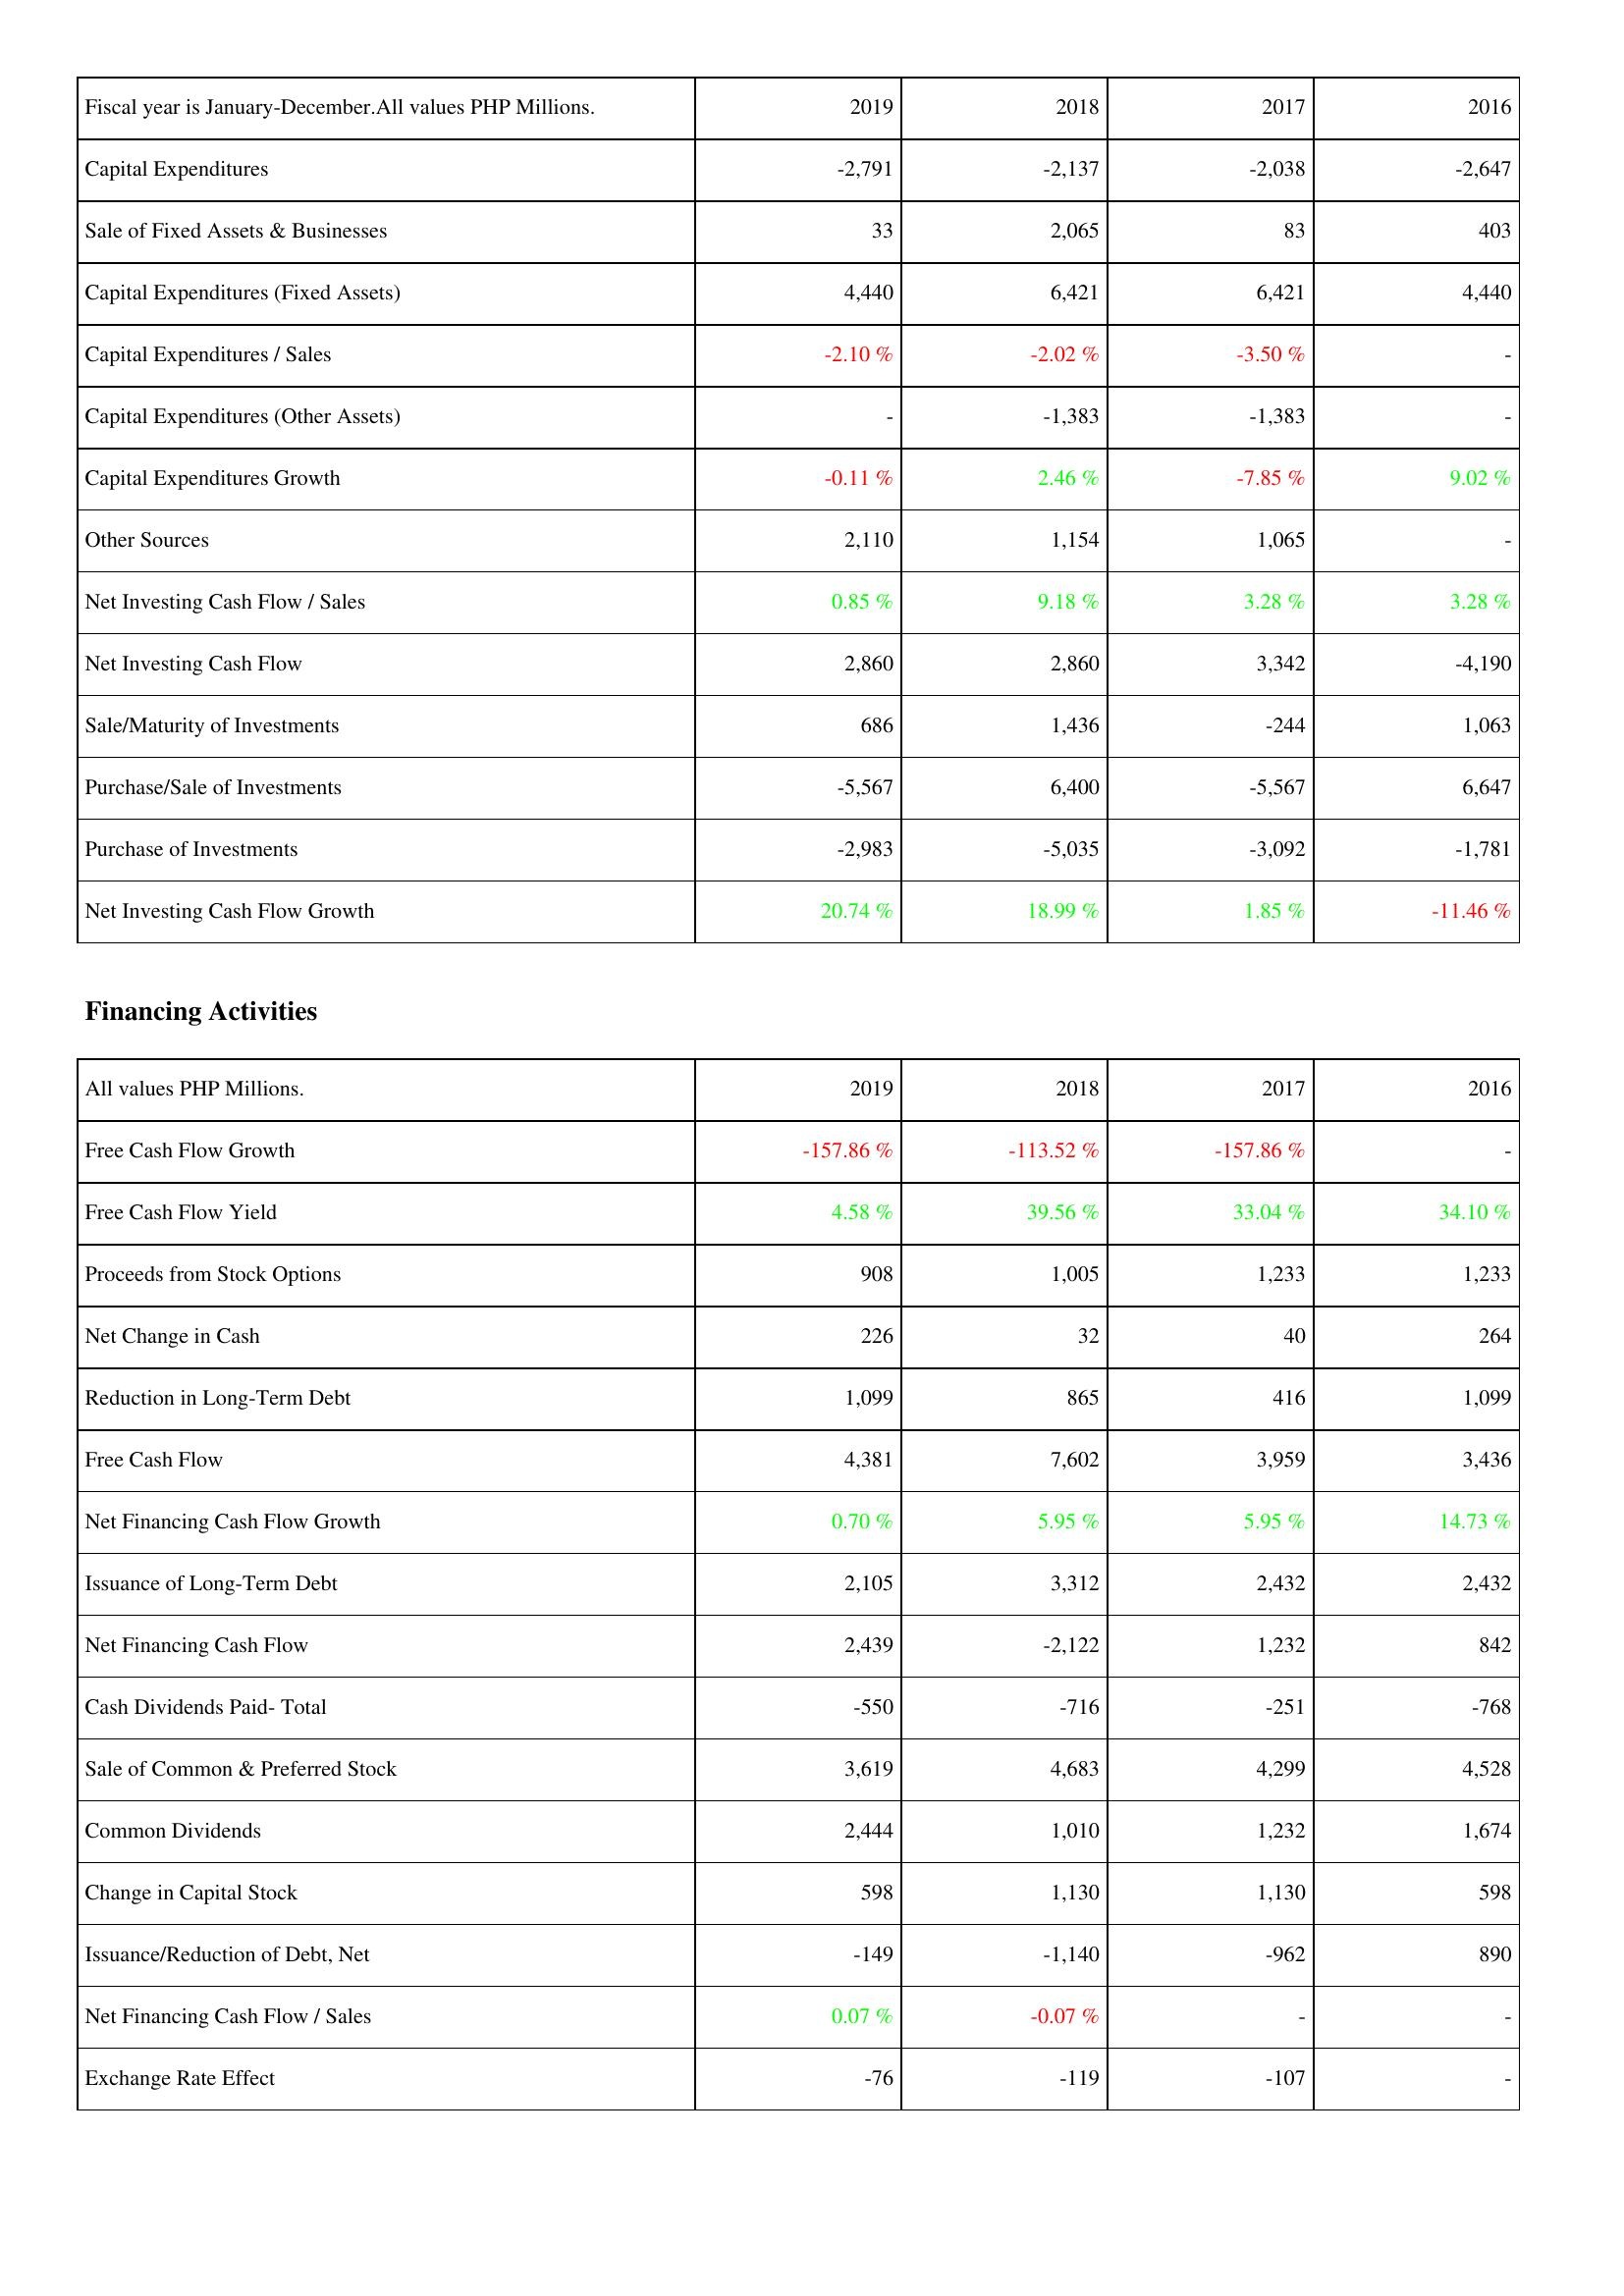
2019: Investing Activities: Capital Expenditures: -2,791
Sale of Fixed Assets & Businesses: 33
Capital Expenditures (Fixed Assets): 4,440
Capital Expenditures / Sales: -2.10 %
Capital Expenditures (Other Assets): -
Capital Expenditures Growth: -0.11 %
Other Sources: 2,110
Net Investing Cash Flow / Sales: 0.85 %
Net Investing Cash Flow: 2,860
Sale/Maturity of Investments: 686
Purchase/Sale of Investments: -5,567
Purchase of Investments: -2,983
Net Investing Cash Flow Growth: 20.74 %
Financing Activities: Free Cash Flow Growth: -157.86 %
Free Cash Flow Yield: 4.58 %
Proceeds from Stock Options: 908
Net Change in Cash: 226
Reduction in Long-Term Debt: 1,099
Free Cash Flow: 4,381
Net Financing Cash Flow Growth: 0.70 %
Issuance of Long-Term Debt: 2,105
Net Financing Cash Flow: 2,439
Cash Dividends Paid- Total: -550
Sale of Common & Preferred Stock: 3,619
Common Dividends: 2,444
Change in Capital Stock: 598
Issuance/Reduction of Debt, Net: -149
Net Financing Cash Flow / Sales: 0.07 %
Exchange Rate Effect: -76
2018: Investing Activities: Capital Expenditures: -2,137
Sale of Fixed Assets & Businesses: 2,065
Capital Expenditures (Fixed Assets): 6,421
Capital Expenditures / Sales: -2.02 %
Capital Expenditures (Other Assets): -1,383
Capital Expenditures Growth: 2.46 %
Other Sources: 1,154
Net Investing Cash Flow / Sales: 9.18 %
Net Investing Cash Flow: 2,860
Sale/Maturity of Investments: 1,436
Purchase/Sale of Investments: 6,400
Purchase of Investments: -5,035
Net Investing Cash Flow Growth: 18.99 %
Financing Activities: Free Cash Flow Growth: -113.52 %
Free Cash Flow Yield: 39.56 %
Proceeds from Stock Options: 1,005
Net Change in Cash: 32
Reduction in Long-Term Debt: 865
Free Cash Flow: 7,602
Net Financing Cash Flow Growth: 5.95 %
Issuance of Long-Term Debt: 3,312
Net Financing Cash Flow: -2,122
Cash Dividends Paid- Total: -716
Sale of Common & Preferred Stock: 4,683
Common Dividends: 1,010
Change in Capital Stock: 1,130
Issuance/Reduction of Debt, Net: -1,140
Net Financing Cash Flow / Sales: -0.07 %
Exchange Rate Effect: -119
2017: Investing Activities: Capital Expenditures: -2,038
Sale of Fixed Assets & Businesses: 83
Capital Expenditures (Fixed Assets): 6,421
Capital Expenditures / Sales: -3.50 %
Capital Expenditures (Other Assets): -1,383
Capital Expenditures Growth: -7.85 %
Other Sources: 1,065
Net Investing Cash Flow / Sales: 3.28 %
Net Investing Cash Flow: 3,342
Sale/Maturity of Investments: -244
Purchase/Sale of Investments: -5,567
Purchase of Investments: -3,092
Net Investing Cash Flow Growth: 1.85 %
Financing Activities: Free Cash Flow Growth: -157.86 %
Free Cash Flow Yield: 33.04 %
Proceeds from Stock Options: 1,233
Net Change in Cash: 40
Reduction in Long-Term Debt: 416
Free Cash Flow: 3,959
Net Financing Cash Flow Growth: 5.95 %
Issuance of Long-Term Debt: 2,432
Net Financing Cash Flow: 1,232
Cash Dividends Paid- Total: -251
Sale of Common & Preferred Stock: 4,299
Common Dividends: 1,232
Change in Capital Stock: 1,130
Issuance/Reduction of Debt, Net: -962
Net Financing Cash Flow / Sales: -
Exchange Rate Effect: -107
2016: Investing Activities: Capital Expenditures: -2,647
Sale of Fixed Assets & Businesses: 403
Capital Expenditures (Fixed Assets): 4,440
Capital Expenditures / Sales: -
Capital Expenditures (Other Assets): -
Capital Expenditures Growth: 9.02 %
Other Sources: -
Net Investing Cash Flow / Sales: 3.28 %
Net Investing Cash Flow: -4,190
Sale/Maturity of Investments: 1,063
Purchase/Sale of Investments: 6,647
Purchase of Investments: -1,781
Net Investing Cash Flow Growth: -11.46 %
Financing Activities: Free Cash Flow Growth: -
Free Cash Flow Yield: 34.10 %
Proceeds from Stock Options: 1,233
Net Change in Cash: 264
Reduction in Long-Term Debt: 1,099
Free Cash Flow: 3,436
Net Financing Cash Flow Growth: 14.73 %
Issuance of Long-Term Debt: 2,432
Net Financing Cash Flow: 842
Cash Dividends Paid- Total: -768
Sale of Common & Preferred Stock: 4,528
Common Dividends: 1,674
Change in Capital Stock: 598
Issuance/Reduction of Debt, Net: 890
Net Financing Cash Flow / Sales: -
Exchange Rate Effect: -